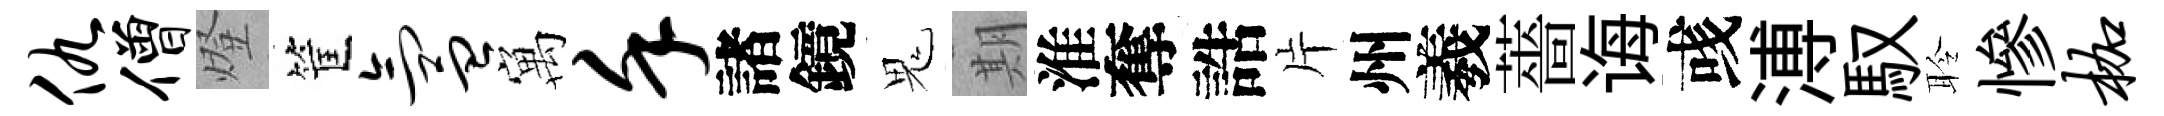
仇僧燈筐氲寓堇諸鏡鬼期淮奪誥片州羲薔诲彧溥馭聆慘枷